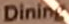
Dining